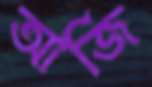
আর্জি